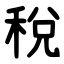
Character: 稅